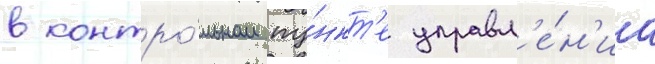
в контро́льном пу́нкт'е управл'е́н'иа